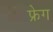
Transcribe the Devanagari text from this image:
फ्रेग